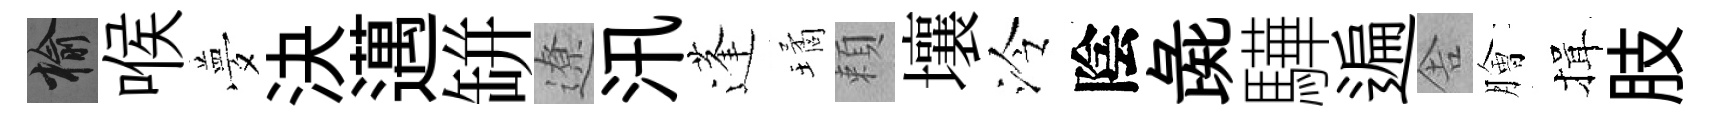
榆喉夢決邁缾遼汛蓬璚頼壤泠陰彘驊遍舎膾揖肢